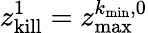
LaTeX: z_{\mathrm{kill}}^{1}=z_{\mathrm{max}}^{k_{\mathrm{min}},0}